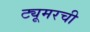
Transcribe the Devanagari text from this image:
ट्यूमरची